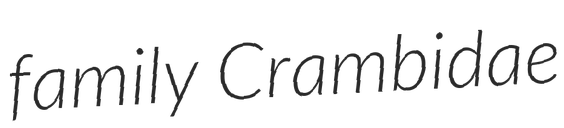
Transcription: family Crambidae